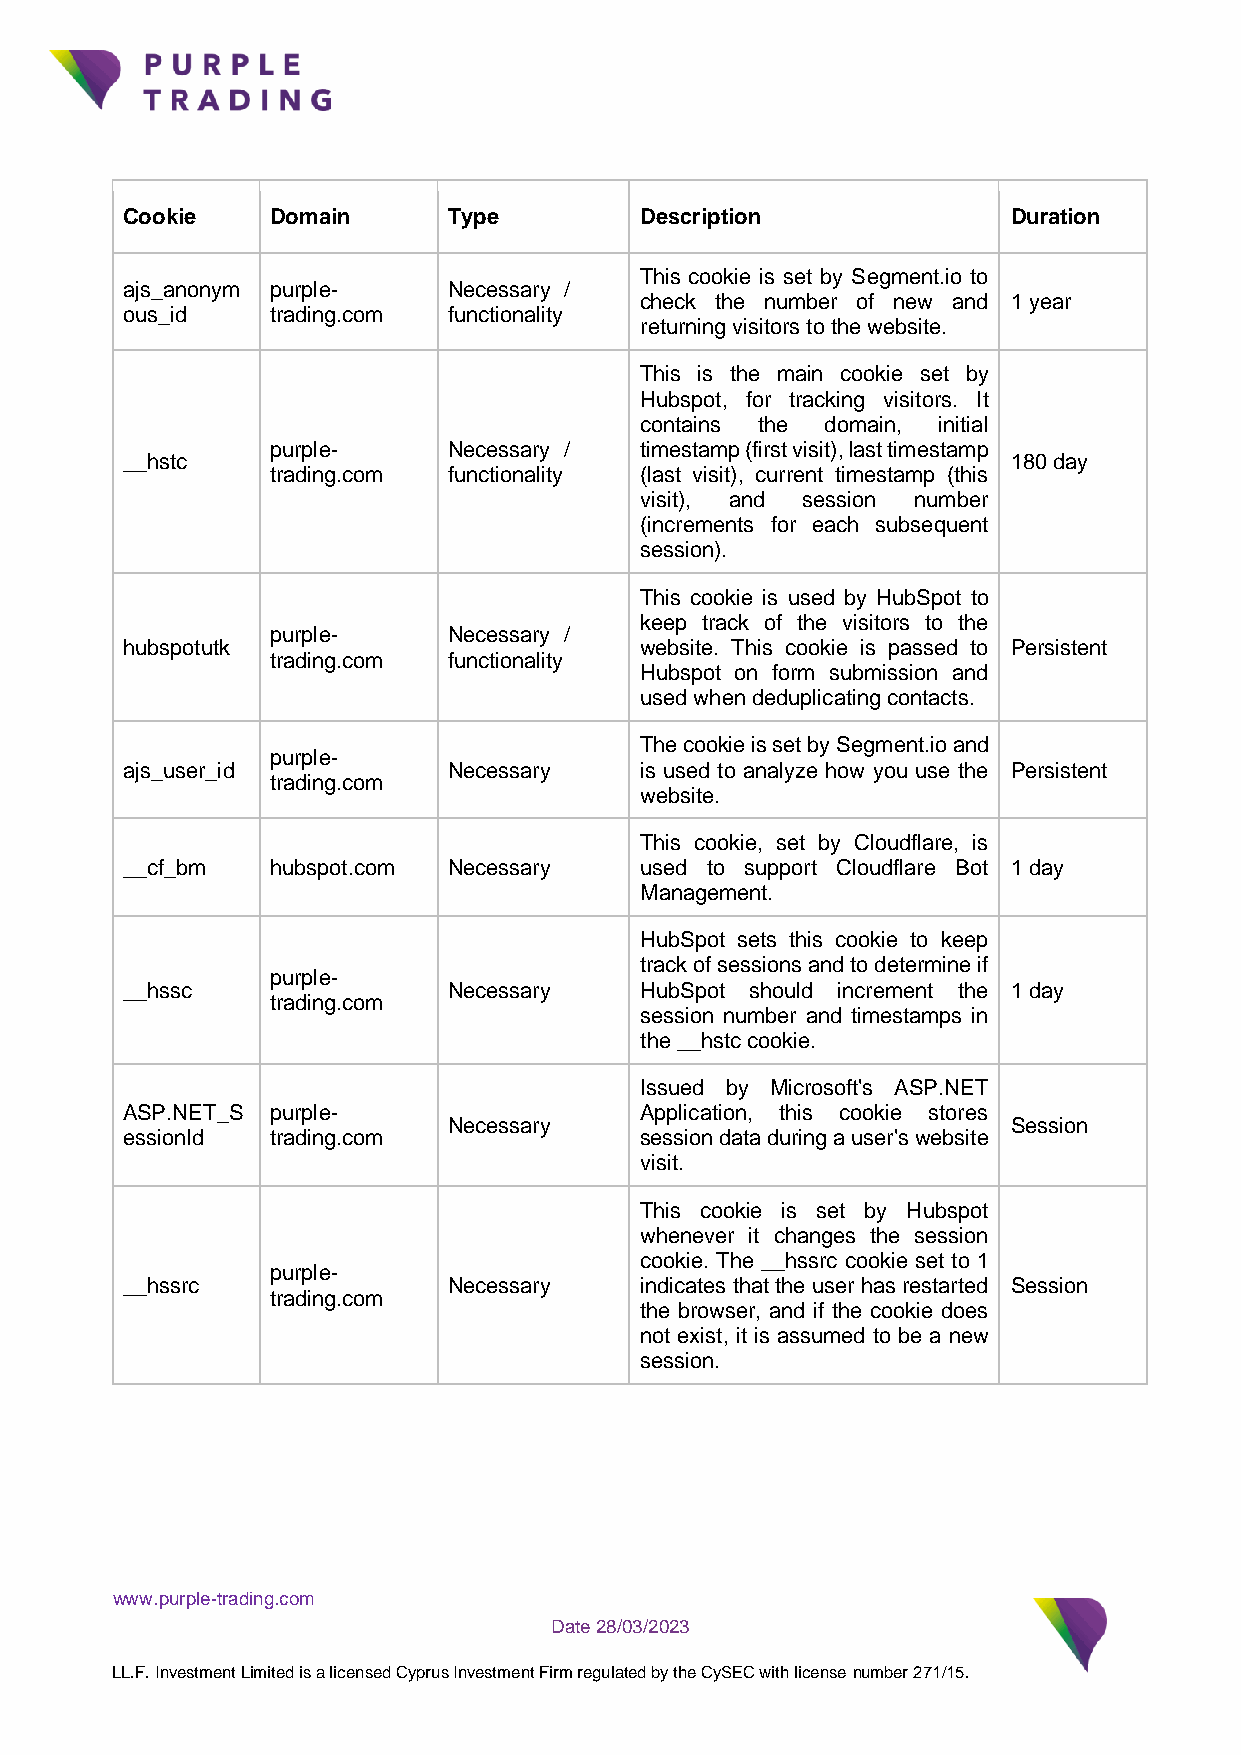
Cookie    Domain      Type        Description              Duration
 This cookie is set by Segment.io to
 ajs_anonym purple-    Necessary /
 check the number of new and 1 year
 ous_id    trading.com functionality
 returning visitors to the website.
 This is the main cookie set by
 Hubspot, for tracking visitors. It
 contains the domain, initial
 purple-     Necessary / timestamp (first visit), last timestamp
 __hstc                                                     180 day
 trading.com functionality (last visit), current timestamp (this
 visit), and session number
 (increments for each subsequent
 session).
 This cookie is used by HubSpot to
 keep track of the visitors to the
 purple-     Necessary /
 hubspotutk                        website. This cookie is passed to Persistent
 trading.com functionality
 Hubspot on form submission and
 used when deduplicating contacts.
 The cookie is set by Segment.io and
 purple-
 ajs_user_id           Necessary   is used to analyze how you use the Persistent
 trading.com
 website.
 This cookie, set by Cloudflare, is
 __cf_bm   hubspot.com Necessary   used to support Cloudflare Bot 1 day
 Management.
 HubSpot sets this cookie to keep
 track of sessions and to determine if
 purple-
 __hssc                Necessary   HubSpot should increment the 1 day
 trading.com
 session number and timestamps in
 the __hstc cookie.
 Issued by Microsoft's ASP.NET
 ASP.NET_S purple-                 Application, this cookie stores
 Necessary                            Session
 essionId  trading.com             session data during a user's website
 visit.
 This cookie is set by Hubspot
 whenever it changes the session
 cookie. The __hssrc cookie set to 1
 purple-
 __hssrc               Necessary   indicates that the user has restarted Session
 trading.com
 the browser, and if the cookie does
 not exist, it is assumed to be a new
 session.
 www.purple-trading.com
 Date 28/03/2023
 LL.F. Investment Limited is a licensed Cyprus Investment Firm regulated by the CySEC with license number 271/15.